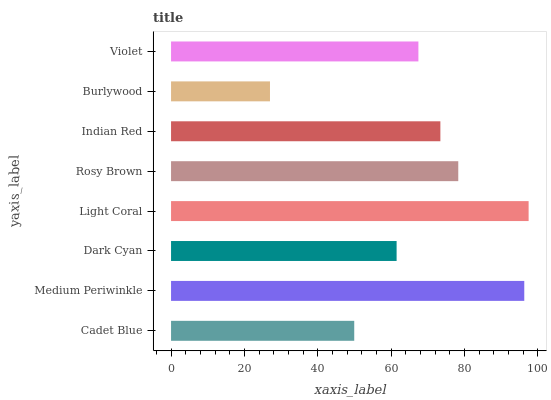
| yaxis_label | bars |
 | --- | --- |
 | Cadet Blue | 49.9 |
 | Medium Periwinkle | 96.3 |
 | Dark Cyan | 61.5 |
 | Light Coral | 97.5 |
 | Rosy Brown | 78.3 |
 | Indian Red | 73.4 |
 | Burlywood | 27 |
 | Violet | 67.4 |